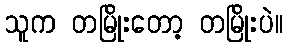
သူက တမြိုးတော့ တမြိုးပဲ။